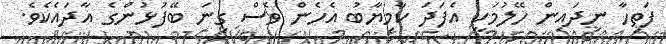
ފަތިހާ ނިދައިން ހޭލުމަކީ އެފަދަ ކާމިޔާބު އެހެން ވެސް ގިނަ ބޭފުޅުންގެ އާދައެކެވެ.